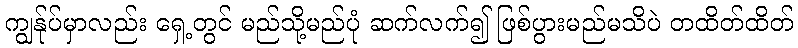
ကျွန်ုပ်မှာလည်း ရှေ့တွင် မည်သို့မည်ပုံ ဆက်လက်၍ ဖြစ်ပွားမည်မသိပဲ တထိတ်ထိတ်